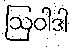
ဩဝါဒါ